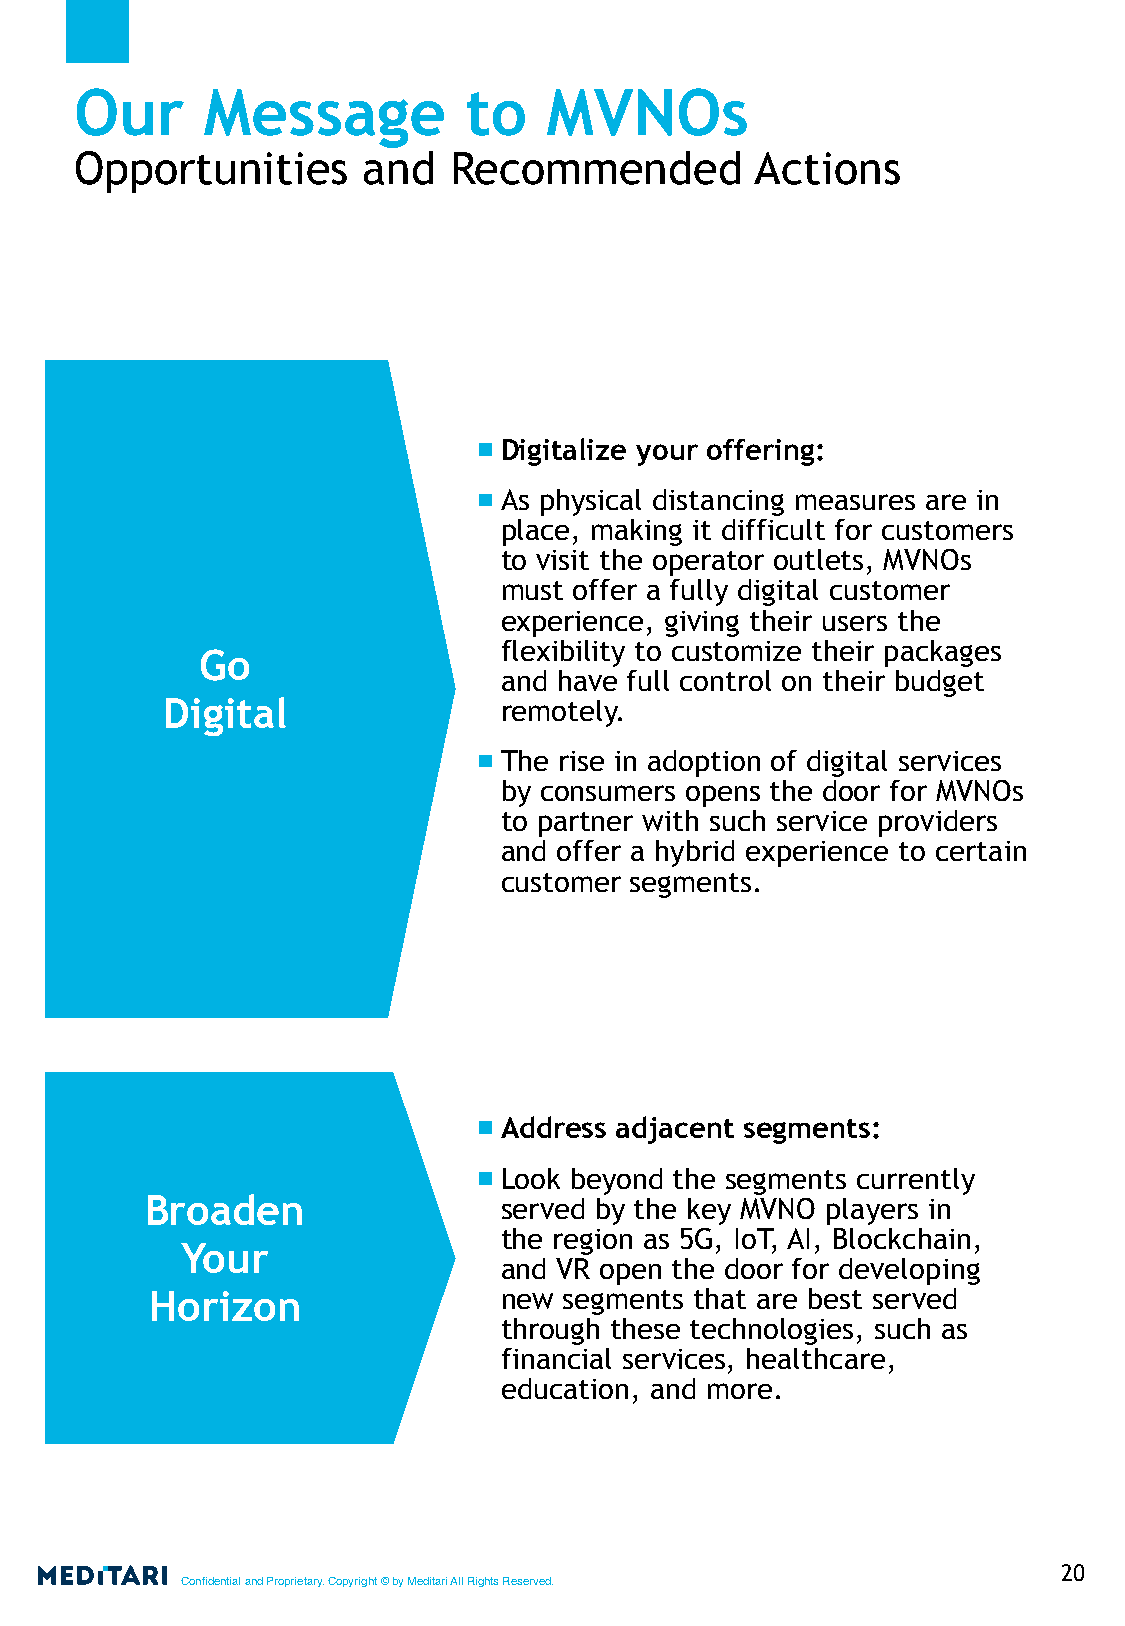
Our     Message           to   MVNOs
 Opportunities      and   Recommended         Actions
 Digitalize your offering:
 As physical distancing measures are in
 place, making it difficult for customers
 to visit the operator outlets, MVNOs
 must offer a fully digital customer
 experience, giving their users the
 flexibility to customize their packages
 Go
 and have full control on their budget
 Digital               remotely.
 The rise in adoption of digital services
 by consumers opens the door for MVNOs
 to partner with such service providers
 and offer a hybrid experience to certain
 customer segments.
 Address adjacent segments:
 Look beyond the segments currently
 Broaden                served by the key MVNO players in
 the region as 5G, IoT, AI, Blockchain,
 Your
 and VR open the door for developing
 Horizon                new segments that are best served
 through these technologies, such as
 financial services, healthcare,
 education, and more.
 20
 Confidential and Proprietary. Copyright © by Meditari All Rights Reserved.